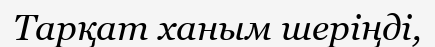
Тарқат ханым шеріңді,